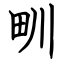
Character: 甽